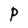
Character: P